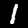
Label: 1